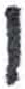
אות: ו